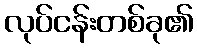
လုပ်ငန်းတစ်ခု၏